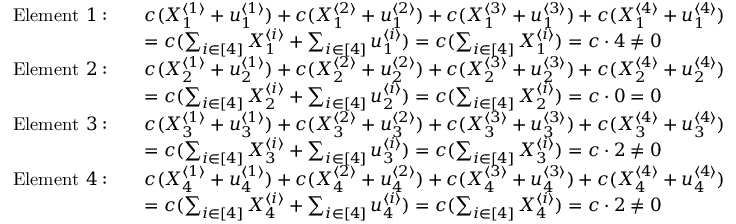
\begin{array} { r l } { \mathrm { E l e m e n t } ~ 1 : \quad } & { c ( X _ { 1 } ^ { \langle 1 \rangle } + u _ { 1 } ^ { \langle 1 \rangle } ) + c ( X _ { 1 } ^ { \langle 2 \rangle } + u _ { 1 } ^ { \langle 2 \rangle } ) + c ( X _ { 1 } ^ { \langle 3 \rangle } + u _ { 1 } ^ { \langle 3 \rangle } ) + c ( X _ { 1 } ^ { \langle 4 \rangle } + u _ { 1 } ^ { \langle 4 \rangle } ) } \\ & { = c ( \sum _ { i \in [ 4 ] } X _ { 1 } ^ { \langle i \rangle } + \sum _ { i \in [ 4 ] } u _ { 1 } ^ { \langle i \rangle } ) = c ( \sum _ { i \in [ 4 ] } X _ { 1 } ^ { \langle i \rangle } ) = c \cdot 4 \neq 0 } \\ { \mathrm { E l e m e n t } ~ 2 : \quad } & { c ( X _ { 2 } ^ { \langle 1 \rangle } + u _ { 2 } ^ { \langle 1 \rangle } ) + c ( X _ { 2 } ^ { \langle 2 \rangle } + u _ { 2 } ^ { \langle 2 \rangle } ) + c ( X _ { 2 } ^ { \langle 3 \rangle } + u _ { 2 } ^ { \langle 3 \rangle } ) + c ( X _ { 2 } ^ { \langle 4 \rangle } + u _ { 2 } ^ { \langle 4 \rangle } ) } \\ & { = c ( \sum _ { i \in [ 4 ] } X _ { 2 } ^ { \langle i \rangle } + \sum _ { i \in [ 4 ] } u _ { 2 } ^ { \langle i \rangle } ) = c ( \sum _ { i \in [ 4 ] } X _ { 2 } ^ { \langle i \rangle } ) = c \cdot 0 = 0 } \\ { \mathrm { E l e m e n t } ~ 3 : \quad } & { c ( X _ { 3 } ^ { \langle 1 \rangle } + u _ { 3 } ^ { \langle 1 \rangle } ) + c ( X _ { 3 } ^ { \langle 2 \rangle } + u _ { 3 } ^ { \langle 2 \rangle } ) + c ( X _ { 3 } ^ { \langle 3 \rangle } + u _ { 3 } ^ { \langle 3 \rangle } ) + c ( X _ { 3 } ^ { \langle 4 \rangle } + u _ { 3 } ^ { \langle 4 \rangle } ) } \\ & { = c ( \sum _ { i \in [ 4 ] } X _ { 3 } ^ { \langle i \rangle } + \sum _ { i \in [ 4 ] } u _ { 3 } ^ { \langle i \rangle } ) = c ( \sum _ { i \in [ 4 ] } X _ { 3 } ^ { \langle i \rangle } ) = c \cdot 2 \neq 0 } \\ { \mathrm { E l e m e n t } ~ 4 : \quad } & { c ( X _ { 4 } ^ { \langle 1 \rangle } + u _ { 4 } ^ { \langle 1 \rangle } ) + c ( X _ { 4 } ^ { \langle 2 \rangle } + u _ { 4 } ^ { \langle 2 \rangle } ) + c ( X _ { 4 } ^ { \langle 3 \rangle } + u _ { 4 } ^ { \langle 3 \rangle } ) + c ( X _ { 4 } ^ { \langle 4 \rangle } + u _ { 4 } ^ { \langle 4 \rangle } ) } \\ & { = c ( \sum _ { i \in [ 4 ] } X _ { 4 } ^ { \langle i \rangle } + \sum _ { i \in [ 4 ] } u _ { 4 } ^ { \langle i \rangle } ) = c ( \sum _ { i \in [ 4 ] } X _ { 4 } ^ { \langle i \rangle } ) = c \cdot 2 \neq 0 } \end{array}